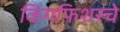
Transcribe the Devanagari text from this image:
किंगफिशरचे